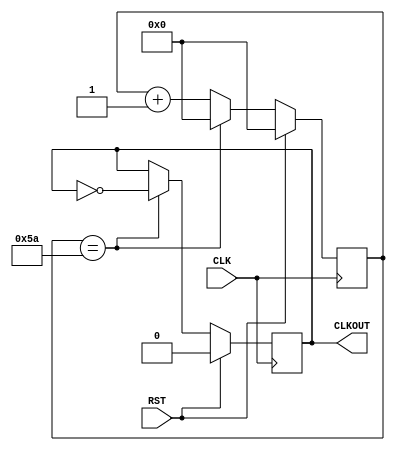
module ClkDiv_66_67kHz(
    CLK,										
    RST,										
    CLKOUT									
    );
	input CLK;
	input RST;
	output CLKOUT;
	reg CLKOUT = 1'b1;
	parameter cntEndVal = 7'b1011010;
	reg [6:0] clkCount = 7'b0000000;
	always @(posedge CLK) begin
			if(RST == 1'b1) begin
					CLKOUT <= 1'b0;
					clkCount <= 0;
			end
			else begin
					if(clkCount == cntEndVal) begin
							CLKOUT <= ~CLKOUT;
							clkCount <= 0;
					end
					else begin
							clkCount <= clkCount + 1'b1;
					end
			end
	end
endmodule